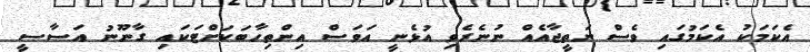
އެކަމަކު އެކަމުގައި ވެސް ނަތީޖާއެއް ނުނެރެވި އުޅެނީ އަވަސް އިންތިހާބަކަށްޓަކައި ގާނޫނު އަސާސީ